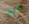
حي